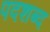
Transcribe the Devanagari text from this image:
पदशब्द